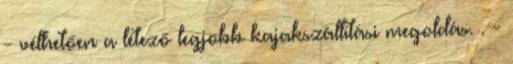
- vélhetően a létező legjobb kajakszállítási megoldás. . -